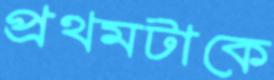
প্রথমটাকে